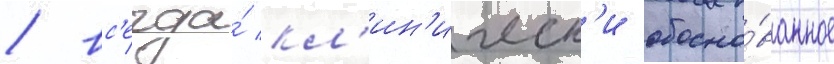
/ вс'егда́ кл'ин'ическ'и обосно́ванное